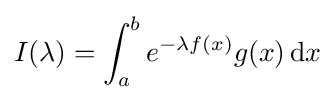
I(\lambda )=\int _{a}^{b}e^{-\lambda f(x)}g(x)\,\mathrm {d} x